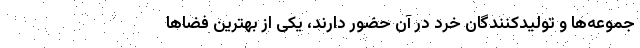
جموعه‌ها و تولیدکنندگان خرد در آن حضور دارند، یکی از بهترین فضاها